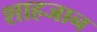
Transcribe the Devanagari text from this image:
शाहजान